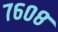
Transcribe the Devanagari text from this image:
७६०८